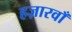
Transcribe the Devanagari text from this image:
हज़ारवाँ